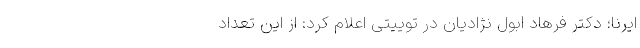
ایرنا؛ دکتر فرهاد ابول نژادیان در توییتی اعلام کرد: از این تعداد